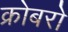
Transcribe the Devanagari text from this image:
क्रोबरो